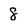
Character: 8